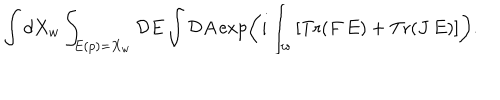
\int d X _ { w } \int _ { E ( p ) = X _ { w } } { \cal D } E \int { \cal D } A \exp \left( i \int _ { w } \left[ \mathrm { T r } ( F \, E ) + \mathrm { T r } ( J \, E ) \right] \right) .